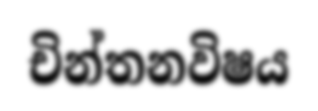
චින්තනවිෂය